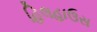
હિલહાઉસ